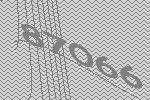
87066